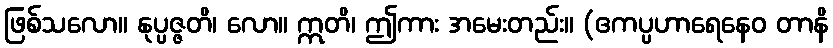
ဖြစ်သလော။ နုပ္ပဇ္ဇတိ၊ လော။ ဣတိ၊ ဤကား အမေးတည်း။ (ဧကပ္ပဟာရေနေဝ တာနိ